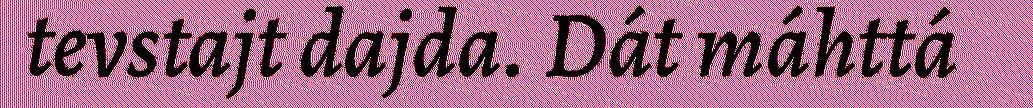
tevstajt dajda. Dát máhttá